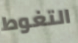
التغوط